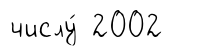
числу́ 2002